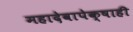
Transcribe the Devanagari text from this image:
महादेवापेक्षाही